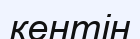
кентін